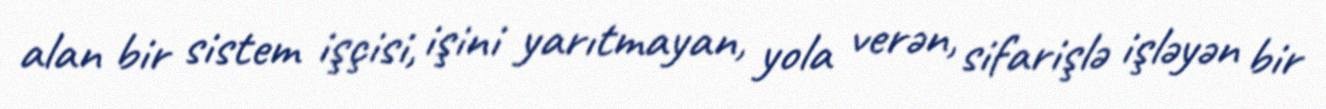
alan bir sistem işçisi, işini yarıtmayan, yola verən, sifarişlə işləyən bir